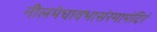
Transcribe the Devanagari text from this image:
नीलमेघावभासंरमामंदिरं